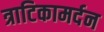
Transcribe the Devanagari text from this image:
त्राटिकामर्दन